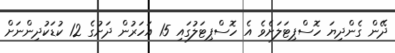
ދޭން ގެންދިޔަ ހޮސްޕިޓަލަށެވެ އެ ހޮސްޕިޓަލުގައި 15 އަހަރުން ދަށުގެ 12 ކުޑަކުދިންނަށް